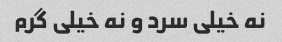
نه خیلی سرد و نه خیلی گرم